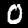
Label: 0